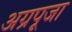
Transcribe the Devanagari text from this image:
अग्रपूजा